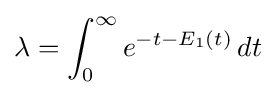
\lambda =\int _{0}^{\infty }e^{-t-E_{1}(t)}\,dt